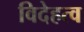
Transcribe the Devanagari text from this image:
विदेहत्व